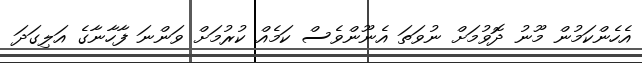
އެހެންކަމުން މޫނު ދޮވުމަށް ނުވަތަ އެނޫންވެސް ކަމެއް ކުރުމަށް ވަންނަ ފާހާނާގެ އަލިގަދަ